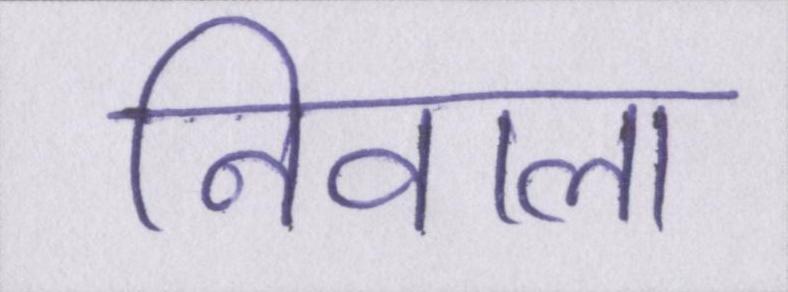
निवाला